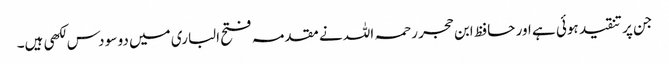
جن پر تنقید ہوئی ہے اور حافظ ابن حجر رحمہ اللہ نے مقدمہ فتح الباری میں دو سو دس لکھی ہیں۔